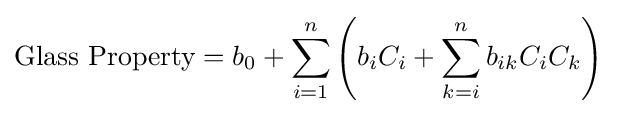
{\mbox{Glass Property}}=b_{0}+\sum _{i=1}^{n}\left(b_{i}C_{i}+\sum _{k=i}^{n}b_{ik}C_{i}C_{k}\right)